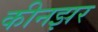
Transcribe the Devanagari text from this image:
कीनझर